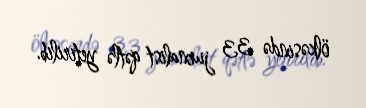
ölkəsində 33 jurnalist qətlə yetirilib.